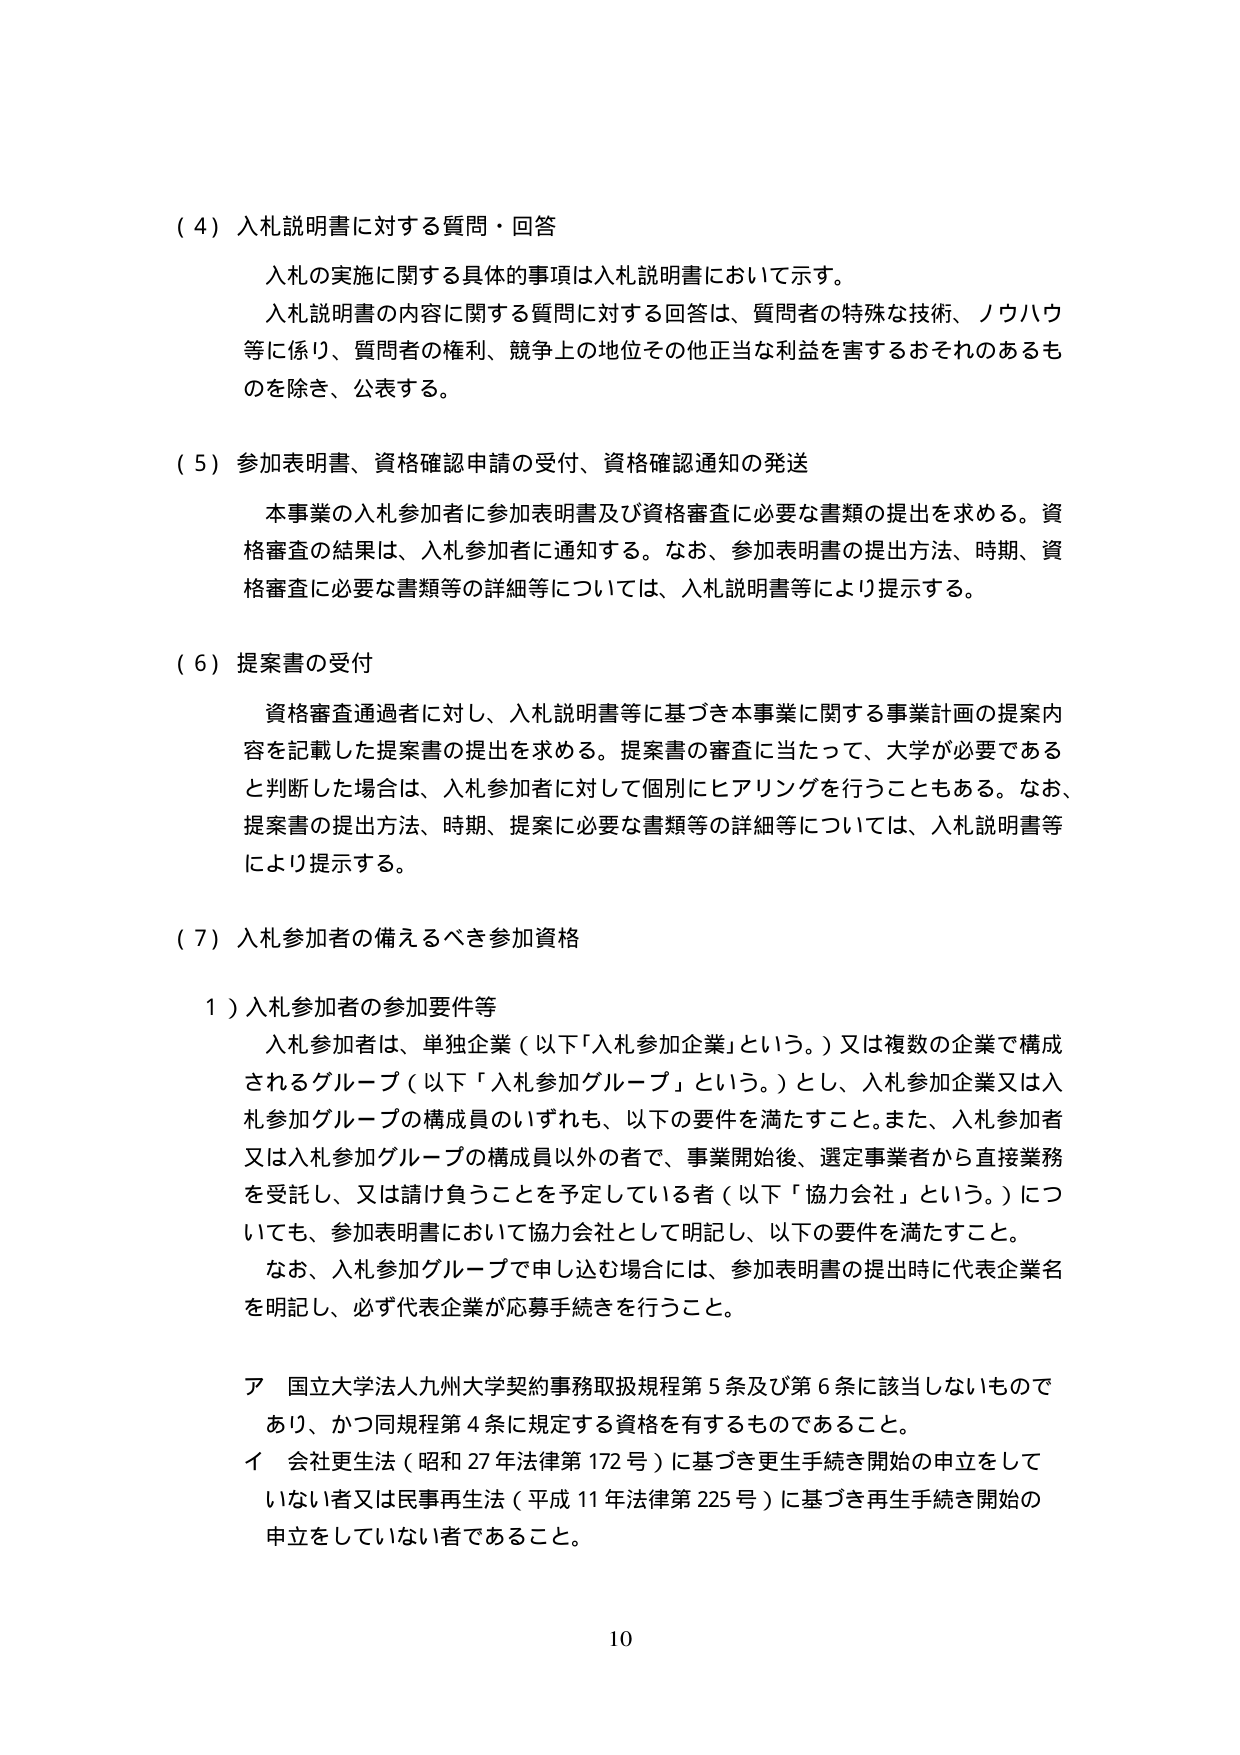
（４）入札説明書に対する質問・回答
　入札の実施に関する具体的事項は入札説明書において示す。
　入札説明書の内容に関する質問に対する回答は、質問者の特殊な技術、ノウハウ等に係り、質問者の権利、競争上の地位その他正当な利益を害するおそれのあるものを除き、公表する。

（５）参加表明書、資格確認申請の受付、資格確認通知の発送
　本事業の入札参加者に参加表明書及び資格審査に必要な書類の提出を求める。資格審査の結果は、入札参加者に通知する。なお、参加表明書の提出方法、時期、資格審査に必要な書類等の詳細等については、入札説明書等により提示する。

（６）提案書の受付
　資格審査通過者に対し、入札説明書等に基づき本事業に関する事業計画の提案内容を記載した提案書の提出を求める。提案書の審査に当たって、大学が必要であると判断した場合は、入札参加者に対して個別にヒアリングを行うこともある。なお、提案書の提出方法、時期、提案に必要な書類等の詳細等については、入札説明書等により提示する。

（７）入札参加者の備えるべき参加資格
　１）入札参加者の参加要件等
　　入札参加者は、単独企業（以下「入札参加企業」という。）又は複数の企業で構成されるグループ（以下「入札参加グループ」という。）とし、入札参加企業又は入札参加グループの構成員のいずれも、以下の要件を満たすこと。また、入札参加者又は入札参加グループの構成員以外の者で、事業開始後、選定事業者から直接業務を受託し、又は請け負うことを予定している者（以下「協力会社」という。）についても、参加表明書において協力会社として明記し、以下の要件を満たすこと。
　　なお、入札参加グループで申し込む場合には、参加表明書の提出時に代表企業名を明記し、必ず代表企業が応募手続きを行うこと。

　　ア 国立大学法人九州大学契約事務取扱規程第５条及び第６条に該当しないものであり、かつ同規程第４条に規定する資格を有するものであること。
　　イ 会社更生法（昭和27年法律第172号）に基づき更生手続き開始の申立をしていない者又は民事再生法（平成11年法律第225号）に基づき再生手続き開始の申立をしていない者であること。

10